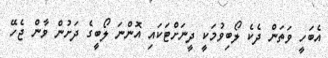
އެބަހީ ވަތަން ދެކެ ލޯބިވުމަކީ ދީނަށްޓަކައި އޮންނަ ލޯބީގެ ދަށުން ވާން ޖެހޭ